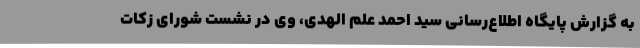
به گزارش پایگاه اطلاع‌رسانی سید احمد علم الهدی، وی در نشست شورای زکات